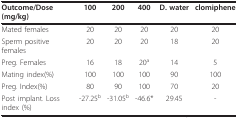
<table><thead><tr><td><b>Outcome/Dose(mg/kg)</b></td><td><b>100</b></td><td><b>200</b></td><td><b>400</b></td><td><b>D. water</b></td><td><b>clomiphene</b></td></tr></thead><tbody><tr><td>Mated females</td><td>20</td><td>20</td><td>20</td><td>20</td><td>20</td></tr><tr><td>Sperm positive females</td><td>20</td><td>20</td><td>20</td><td>18</td><td>20</td></tr><tr><td>Preg. Females</td><td>16</td><td>18</td><td>20<sup>a</sup></td><td>14</td><td>5</td></tr><tr><td>Mating index(%)</td><td>100</td><td>100</td><td>100</td><td>90</td><td>100</td></tr><tr><td>Preg. Index(%)</td><td>80</td><td>90</td><td>100</td><td>70</td><td>20</td></tr><tr><td>Post implant. Loss index (%)</td><td>-27.25<sup>b</sup></td><td>-31.05<sup>b</sup></td><td>-46.6*</td><td>29.45</td><td>-</td></tr></tbody></table>